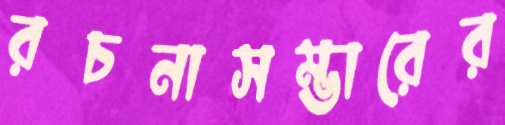
রচনাসম্ভারের